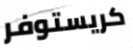
كريستوفر